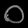
Digit: ၀